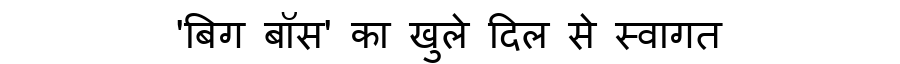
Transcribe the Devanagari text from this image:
'बिग बॉस' का खुले दिल से स्वागत